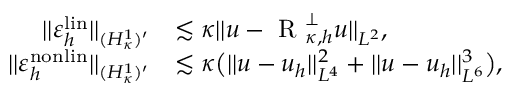
\begin{array} { r l } { \lvert | \varepsilon _ { h } ^ { \mathrm { l i n } } \rvert | _ { ( H _ { \kappa } ^ { 1 } ) ^ { \prime } } } & { \lesssim \kappa \lvert | u - \textup { R } _ { \kappa , h } ^ { \perp } u \rvert | _ { L ^ { 2 } } , } \\ { \lvert | \varepsilon _ { h } ^ { \mathrm { n o n l i n } } \rvert | _ { ( H _ { \kappa } ^ { 1 } ) ^ { \prime } } } & { \lesssim \kappa \bigl ( \lvert | u - u _ { h } \rvert | _ { L ^ { 4 } } ^ { 2 } + \lvert | u - u _ { h } \rvert | _ { L ^ { 6 } } ^ { 3 } \bigr ) , } \end{array}